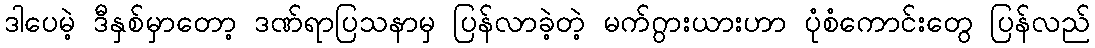
ဒါပေမဲ့ ဒီနှစ်မှာတော့ ဒဏ်ရာပြသနာမှ ပြန်လာခဲ့တဲ့ မက်ဂွားယားဟာ ပုံစံကောင်းတွေ ပြန်လည်